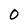
Character: 0